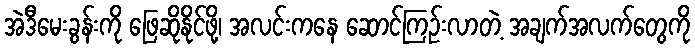
အဲဒီမေးခွန်းကို ဖြေဆိုနိုင်ဖို့၊ အလင်းကနေ ဆောင်ကြဉ်းလာတဲ့ အချက်အလက်တွေကို